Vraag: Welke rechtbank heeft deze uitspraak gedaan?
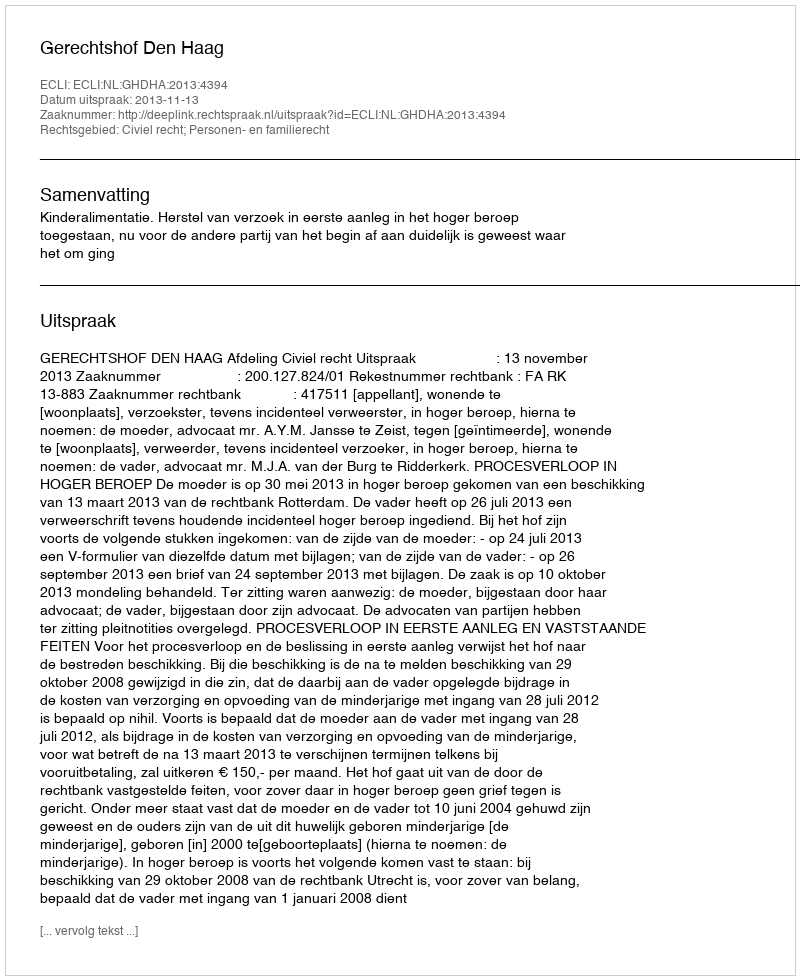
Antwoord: Gerechtshof Den Haag